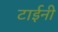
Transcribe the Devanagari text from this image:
टाईनी